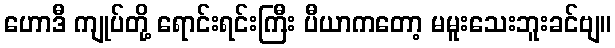
ဟောဒီ ကျုပ်တို့ ရောင်းရင်းကြီး ပီယာကတော့ မမူးသေးဘူးခင်ဗျ။